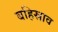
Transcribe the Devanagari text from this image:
बहिस्राव